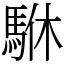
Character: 䮌